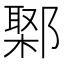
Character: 𨝮